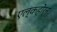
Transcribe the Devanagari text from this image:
एल्कहोर्न